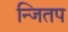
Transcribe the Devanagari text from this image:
न्जितप